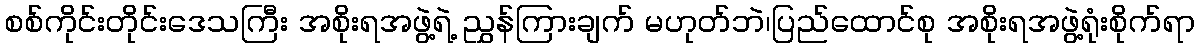
စစ်ကိုင်းတိုင်းဒေသကြီး အစိုးရအဖွဲ့ရဲ့ ညွှန်ကြားချက် မဟုတ်ဘဲ၊ပြည်ထောင်စု အစိုးရအဖွဲ့ရုံးစိုက်ရာ